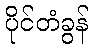
ပိုင်တံခွန်